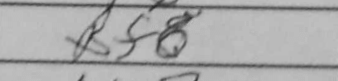
Transcription: Bf8